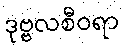
ဒုဗ္ဗလစီဝရာ